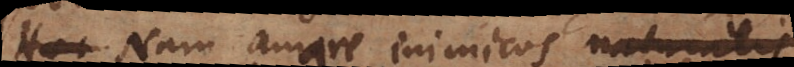
genus. Nam amare inimicos naturalis